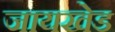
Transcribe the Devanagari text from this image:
जायखेड